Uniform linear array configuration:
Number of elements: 32
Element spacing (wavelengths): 0.75
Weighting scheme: binomial
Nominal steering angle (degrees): -60
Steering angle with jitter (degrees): -60.097
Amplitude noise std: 0.05
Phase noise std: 0.05

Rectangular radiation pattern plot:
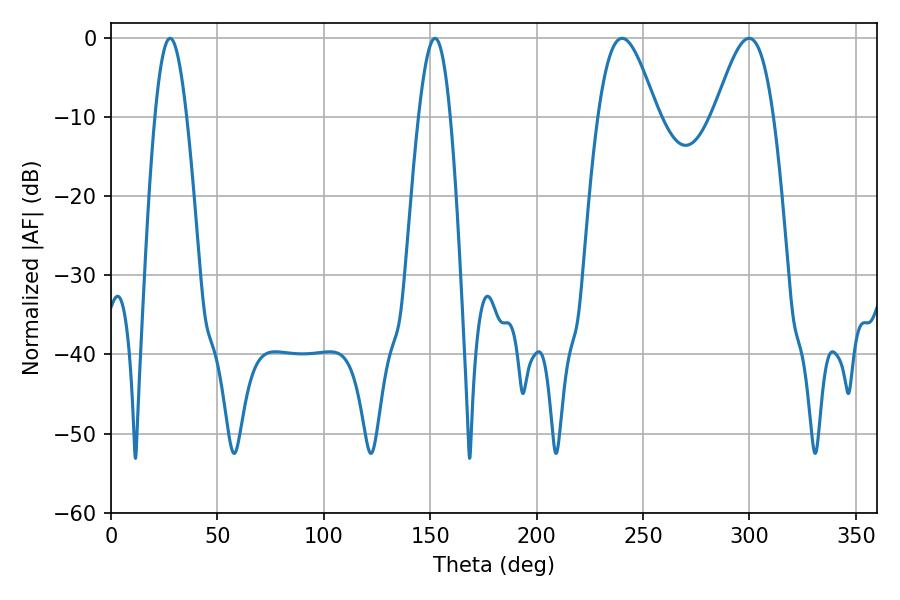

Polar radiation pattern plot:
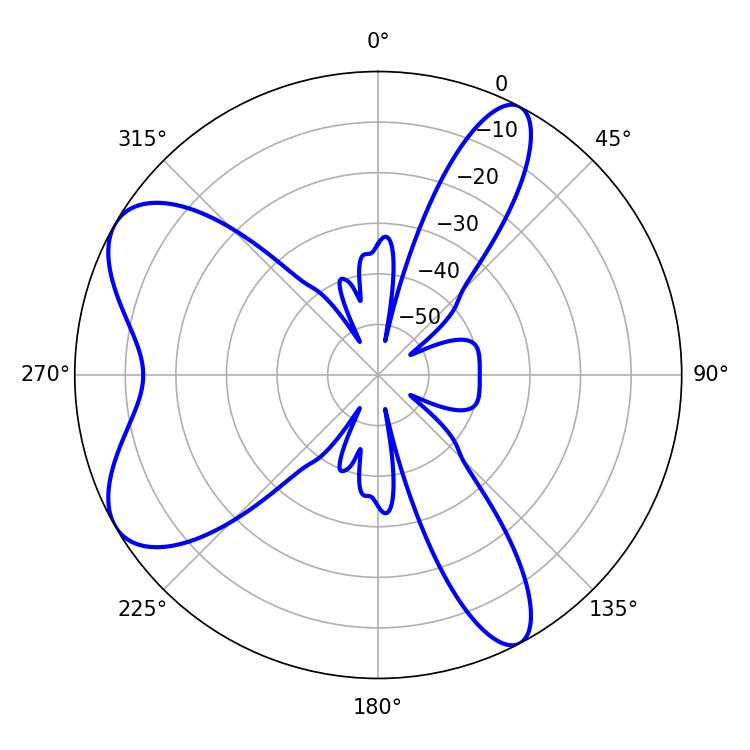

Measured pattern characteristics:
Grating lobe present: TRUE
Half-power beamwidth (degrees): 14.76
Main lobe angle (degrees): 240.12